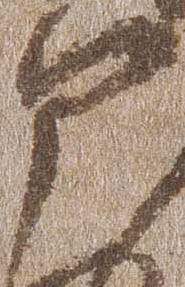
部